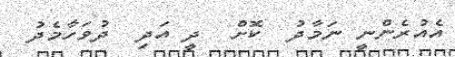
އެއުރެންނީ ނަމާދު  ކޮށް  ދީ އަދި  ދުވަހާމެދު